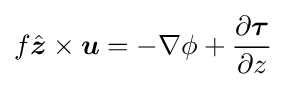
f{\hat {\boldsymbol {z}}}\times {\boldsymbol {u}}=-\nabla \phi +{\frac {\partial {\boldsymbol {\tau }}}{\partial z}}